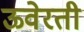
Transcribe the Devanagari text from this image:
ऊवेरती